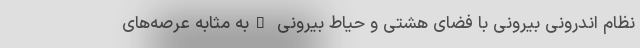
نظام اندرونی بیرونی با فضای هشتی و حیاط بیرونی –به مثابه عرصه‌های